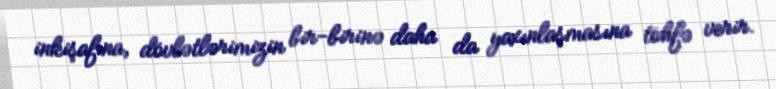
inkişafına, dövlətlərimizin bir-birinə daha da yaxınlaşmasına töhfə verir.